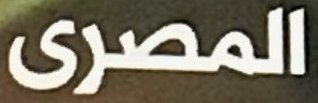
المصرى